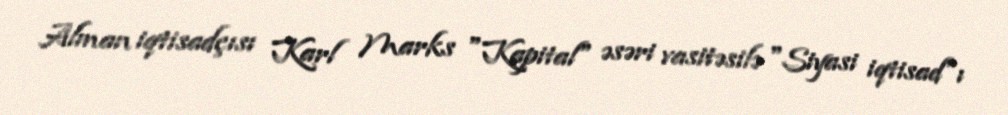
Alman iqtisadçısı Karl Marks "Kapital" əsəri vasitəsilə "Siyasi iqtisad"ı